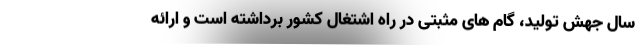
سال جهش تولید، گام های مثبتی در راه اشتغال کشور برداشته است و ارائه